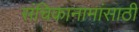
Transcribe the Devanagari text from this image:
संचिकानामांसाठी